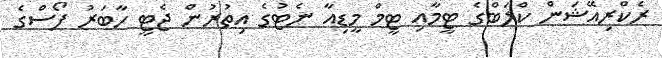
ރެކްރިއޭޝަން ކްލަބްގެ ޓީމާއި ޓީމް މީޑިއާ ނެޓުގެ އިތުރުން ޖެޓީ ހާބަރު ފޯސްގެ